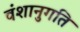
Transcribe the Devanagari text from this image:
वंशानुगति